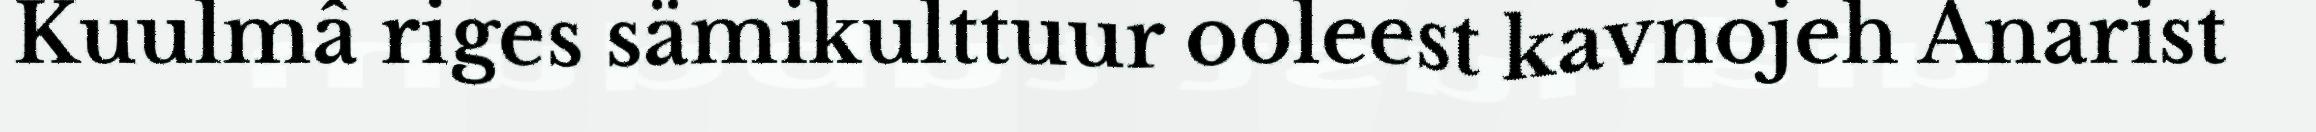
Kuulmâ riges sämikulttuur ooleest kavnojeh Anarist